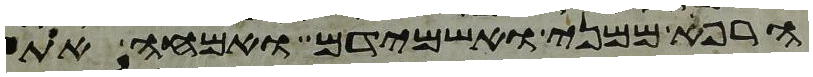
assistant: הרף ממני ואשמידם ואמחה את